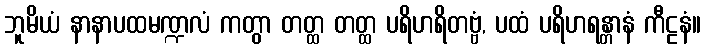
ဘူမိယံ နာနာပထမဏ္ဍလံ ကတွာ တတ္ထ တတ္ထ ပရိဟရိတဗ္ဗံ, ပထံ ပရိဟရန္တာနံ ကီဠနံ။